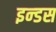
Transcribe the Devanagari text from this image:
इन्‍डस